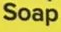
Soap